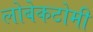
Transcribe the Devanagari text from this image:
लोबेकटोमी